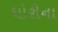
ધોરીના